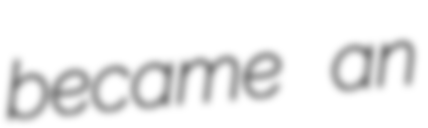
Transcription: became an